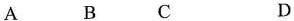
A B C D